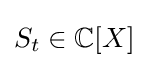
S_{t}\in \mathbb {C} [X]